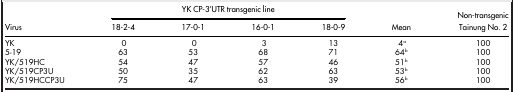
| <ROWSPAN=3> Virus | <COLSPAN=4> YK CP-3'UTR transgenic line |  | <ROWSPAN=2-COLSPAN=2> Non-transgenic Tainung No. 2 |
 | 18-2-4 | 17-0-1 | 16-0-1 | 18-0-9 | Mean |
 | --- | --- | --- | --- | --- | --- | --- | --- |
 | YK | 0 | 0 | 3 | 13 | 4a | 100 |
 | 5-19 | 63 | 53 | 68 | 71 | 64b | 100 |
 | YK/519HC | 54 | 47 | 57 | 46 | 51b | 100 |
 | YK/519CP3U | 50 | 35 | 62 | 63 | 53b | 100 |
 | YK/519HCCP3U | 75 | 47 | 63 | 39 | 56b | 100 |